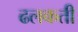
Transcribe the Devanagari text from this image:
ढलकती